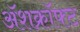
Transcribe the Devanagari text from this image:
ॲशक्रॉफ्ट